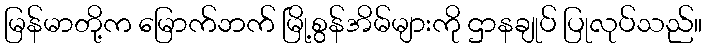
မြန်မာတို့က မြောက်ဘက် မြို့စွန်အိမ်များကို ဌာနချုပ် ပြုလုပ်သည်။